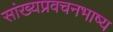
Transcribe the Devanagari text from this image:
सांख्यप्रवचनभाष्य